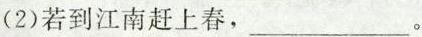
(2)若到江南赶上春，___。